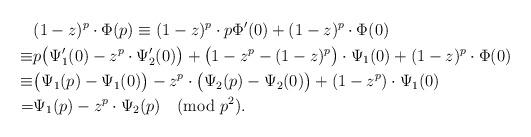
LaTeX: \begin{align*}&(1-z)^p\cdot\Phi(p)\equiv (1-z)^p\cdot p\Phi'(0)+(1-z)^p\cdot\Phi(0)\\\equiv&p\big(\Psi_1'(0)-z^p\cdot\Psi_2'(0)\big)+\big(1-z^p-(1-z)^p\big)\cdot\Psi_1(0)+(1-z)^p\cdot\Phi(0)\\\equiv&\big(\Psi_1(p)-\Psi_1(0)\big)-z^p\cdot\big(\Psi_2(p)-\Psi_2(0)\big)+(1-z^p)\cdot\Psi_1(0)\\=&\Psi_1(p)-z^p\cdot\Psi_2(p)\pmod{p^2}.\end{align*}